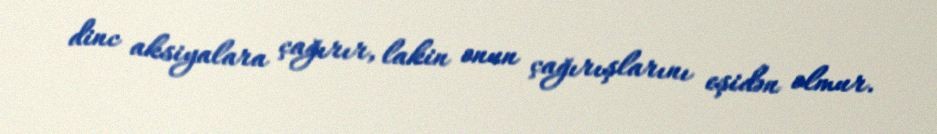
dinc aksiyalara çağırır, lakin onun çağırışlarını eşidən olmur.